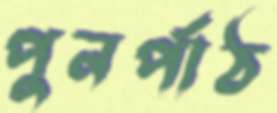
পুনর্পাঠ